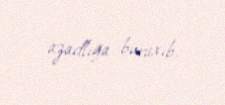
azadlığa buraxıb.